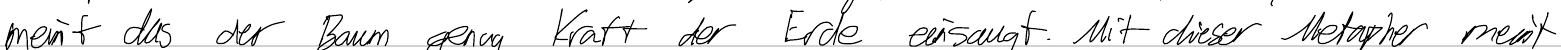
meint das der Baum genug Kraft der Erde einsaugt. Mit dieser Metapher meint